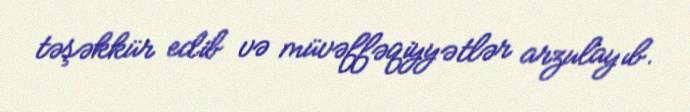
təşəkkür edib və müvəffəqiyyətlər arzulayıb.